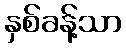
နှစ်ခန့်သာ